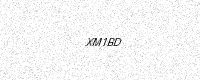
Text: XM1BD